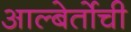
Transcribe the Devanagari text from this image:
आल्बेर्तोची